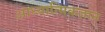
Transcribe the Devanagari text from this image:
आध्यात्मिकज्ञान